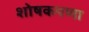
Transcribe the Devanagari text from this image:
शोषकपणा